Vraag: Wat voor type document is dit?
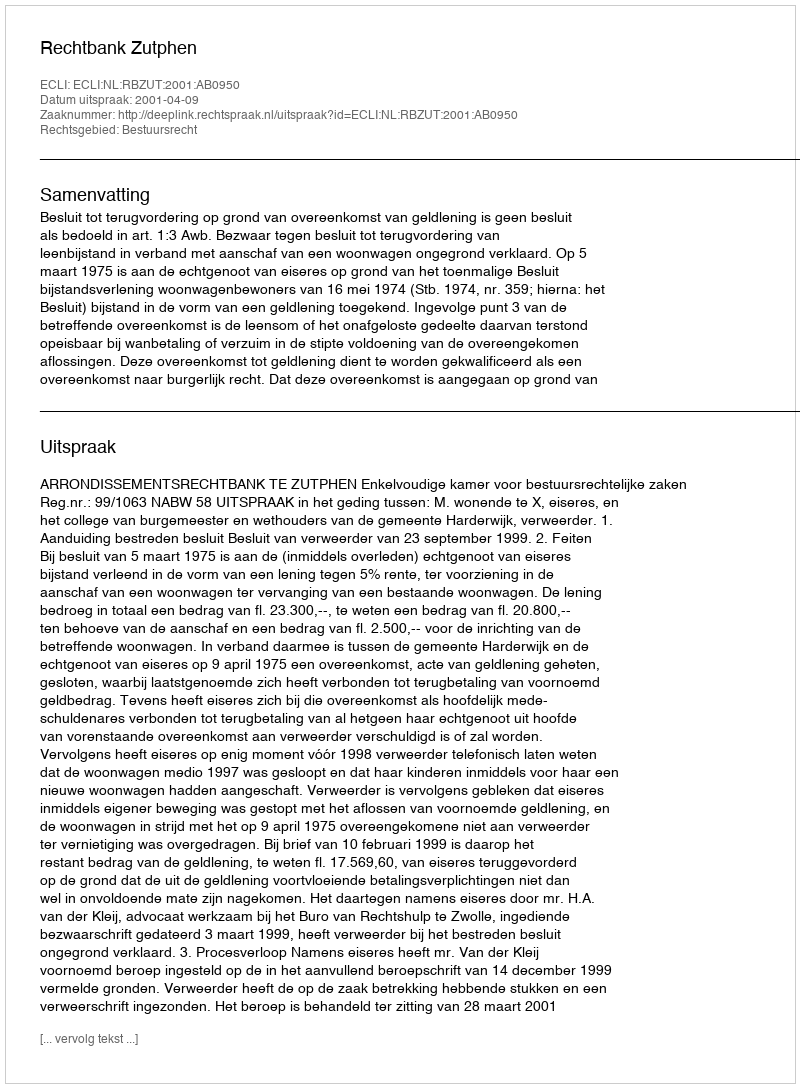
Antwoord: Uitspraak